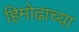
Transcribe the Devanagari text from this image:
हिमोढाच्या